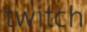
twitch